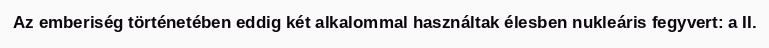
Az emberiség történetében eddig két alkalommal használtak élesben nukleáris fegyvert: a II.